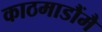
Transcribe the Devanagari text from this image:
काठमाडौंमै